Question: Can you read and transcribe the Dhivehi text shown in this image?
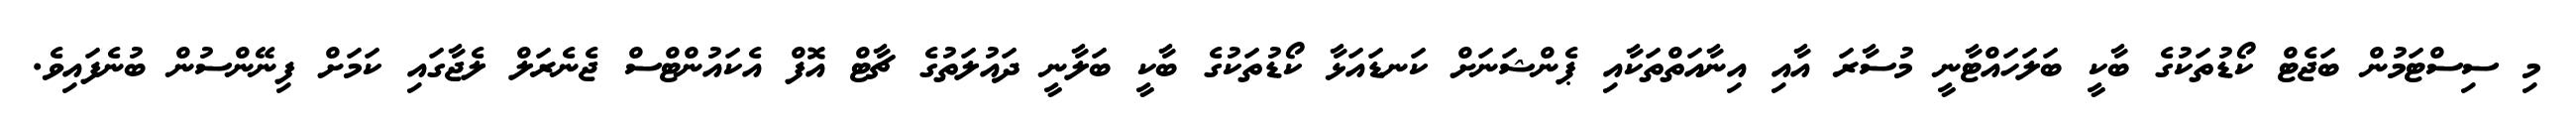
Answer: މި ސިސްޓަމުން ބަޖެޓް ކޯޑުތަކުގެ ބާކީ ބަލަހައްޓާނީ މުސާރަ އާއި އިނާއަތްތަކާއި ޕެންޝަނަށް ކަނޑައަޅާ ކޯޑުތަކުގެ ބާކީ ބަލާނީ ދައުލަތުގެ ޗާޓް އޮފް އެކައުންޓްސް ޖެނެރަލް ލެޖާގައި ކަމަށް ފިނޭންސުން ބުނެފައިވެ.